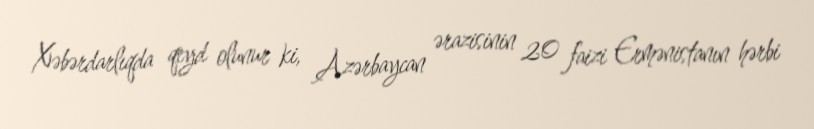
Xəbərdarlıqda qeyd olunur ki, Azərbaycan ərazisinin 20 faizi Ermənistanın hərbi